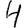
Digit: 4